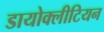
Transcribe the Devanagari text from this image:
डायोक्लीटियन